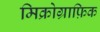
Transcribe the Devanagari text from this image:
मिक्रोग्राफ़िक